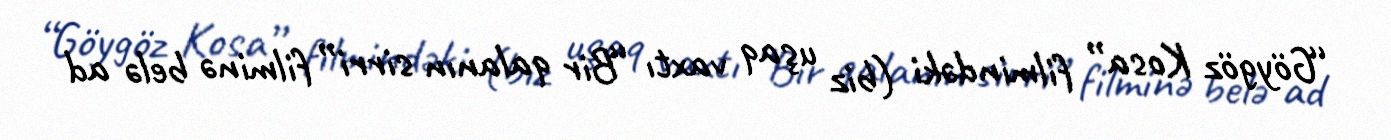
“Göygöz Kosa” filmindəki (biz uşaq vaxtı “Bir qalanın sirri” filminə belə ad